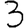
Digit: 3